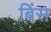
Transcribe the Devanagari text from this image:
बिंस